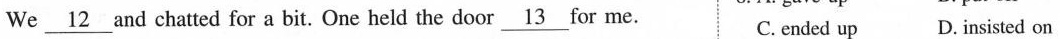
We \underlien{12} and chatted for a bit. One held the door \underline{13} for me. C. ended up D. Insisted on